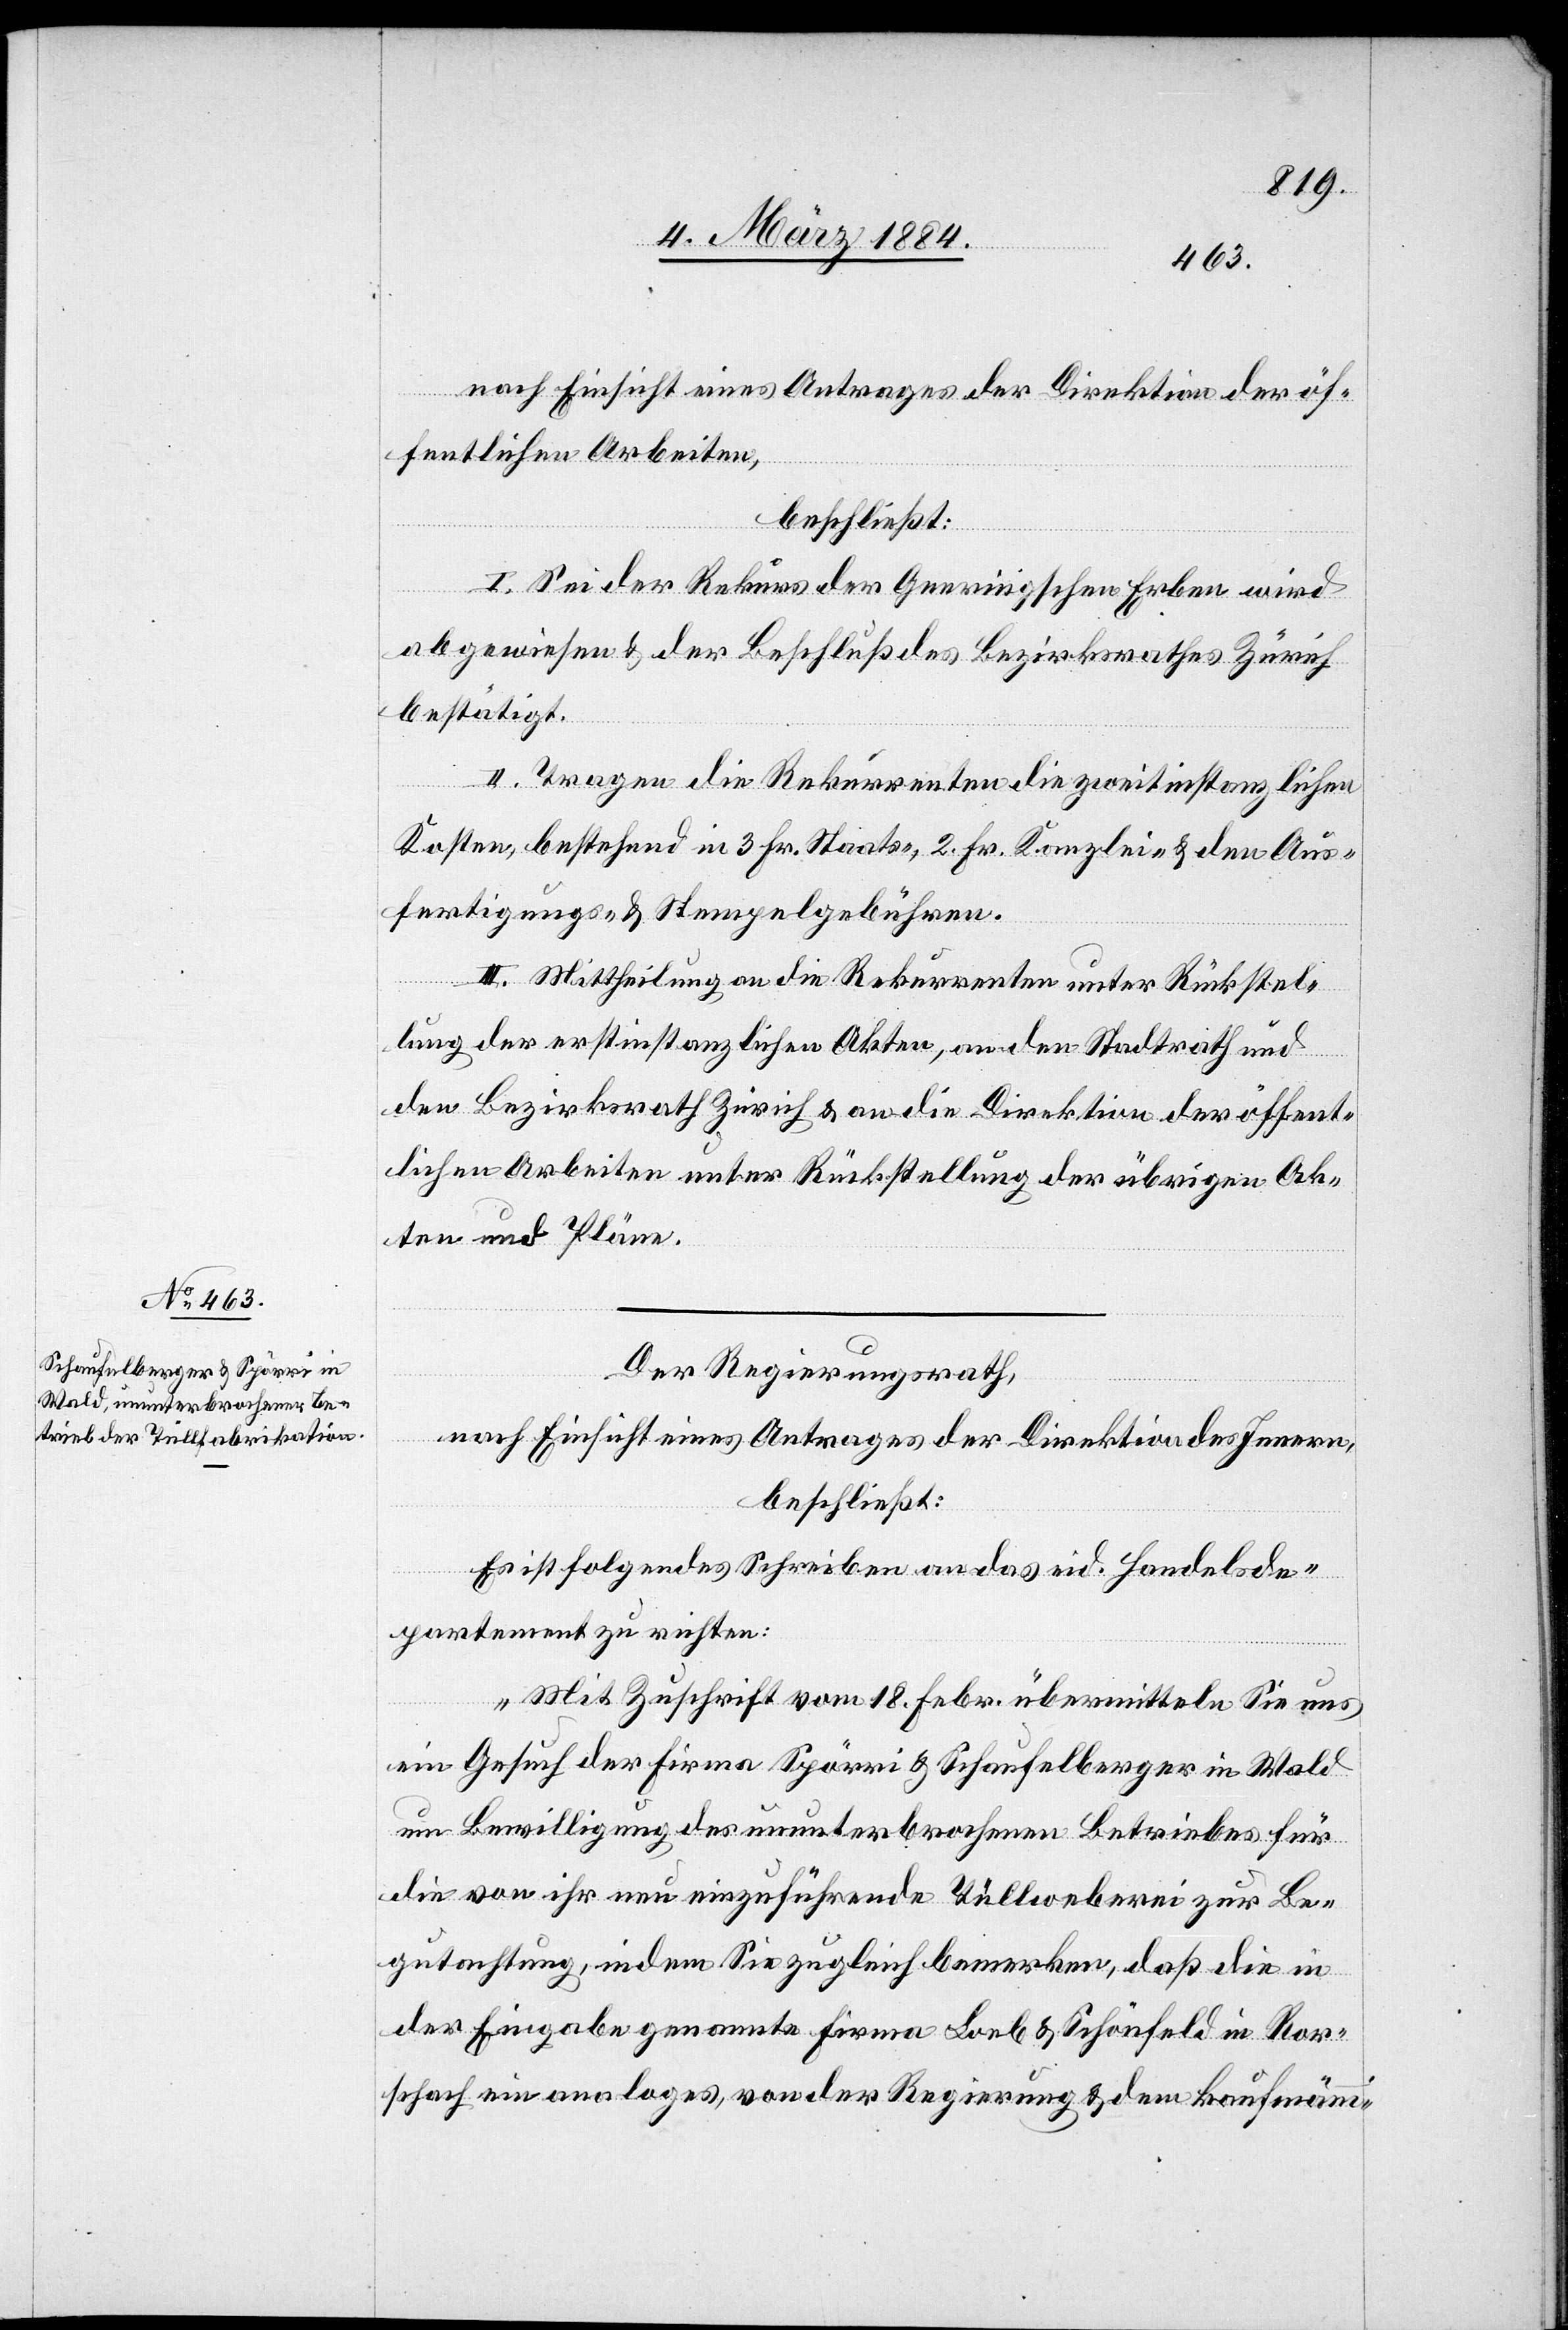
nach Einsicht eines Antrages der Direktion der öf¬
fentlichen Arbeiten,
beschließt:
I. Sei der Rekurs der Geeringschen Erben wird
abgewiesen & der Beschluß des Bezirksrathes Zürich
bestätigt.
II. Tragen die Rekurrenten die zweitinstanzlichen
Kosten, bestehend in 3 Fr. Staats-, 2 Fr. Kanzlei- & den Aus¬
fertigungs- & Stempelgebühren.
III. Mittheilung an die Rekurrenten unter Rückstel¬
lung der erstinstanzlichen Akten, an den Stadtrath und
den Bezirksrath Zürich & an die Direktion der öffent¬
lichen Arbeiten unter Rückstellung der übrigen Ak¬
ten und Pläne.
Der Regierungsrath,
nach Einsicht eines Antrages der Direktion des Innern,
beschließt:
Es ist folgendes Schreiben an das eid. Handelsde¬
partement zu richten:
„Mit Zuschrift vom 18. Febr. übermitteln Sie uns
ein Gesuch der Firma Spörri & Schaufelberger in Wald
um Bewilligung des ununterbrochenen Betriebs für
die von ihr neu einzuführende Tüllweberei zur Be¬
gutachtung, indem Sie zugleich bemerken, daß die in
der Eingabe genannte Firma Loeb & Schönenfeld in Ror¬
schach ein analoges, von der Regierung & dem kaufmänni-